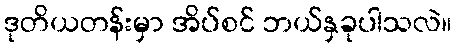
ဒုတိယတန်းမှာ အိပ်စင် ဘယ်နှခုပါသလဲ။